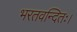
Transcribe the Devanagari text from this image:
भरतवन्दितः।